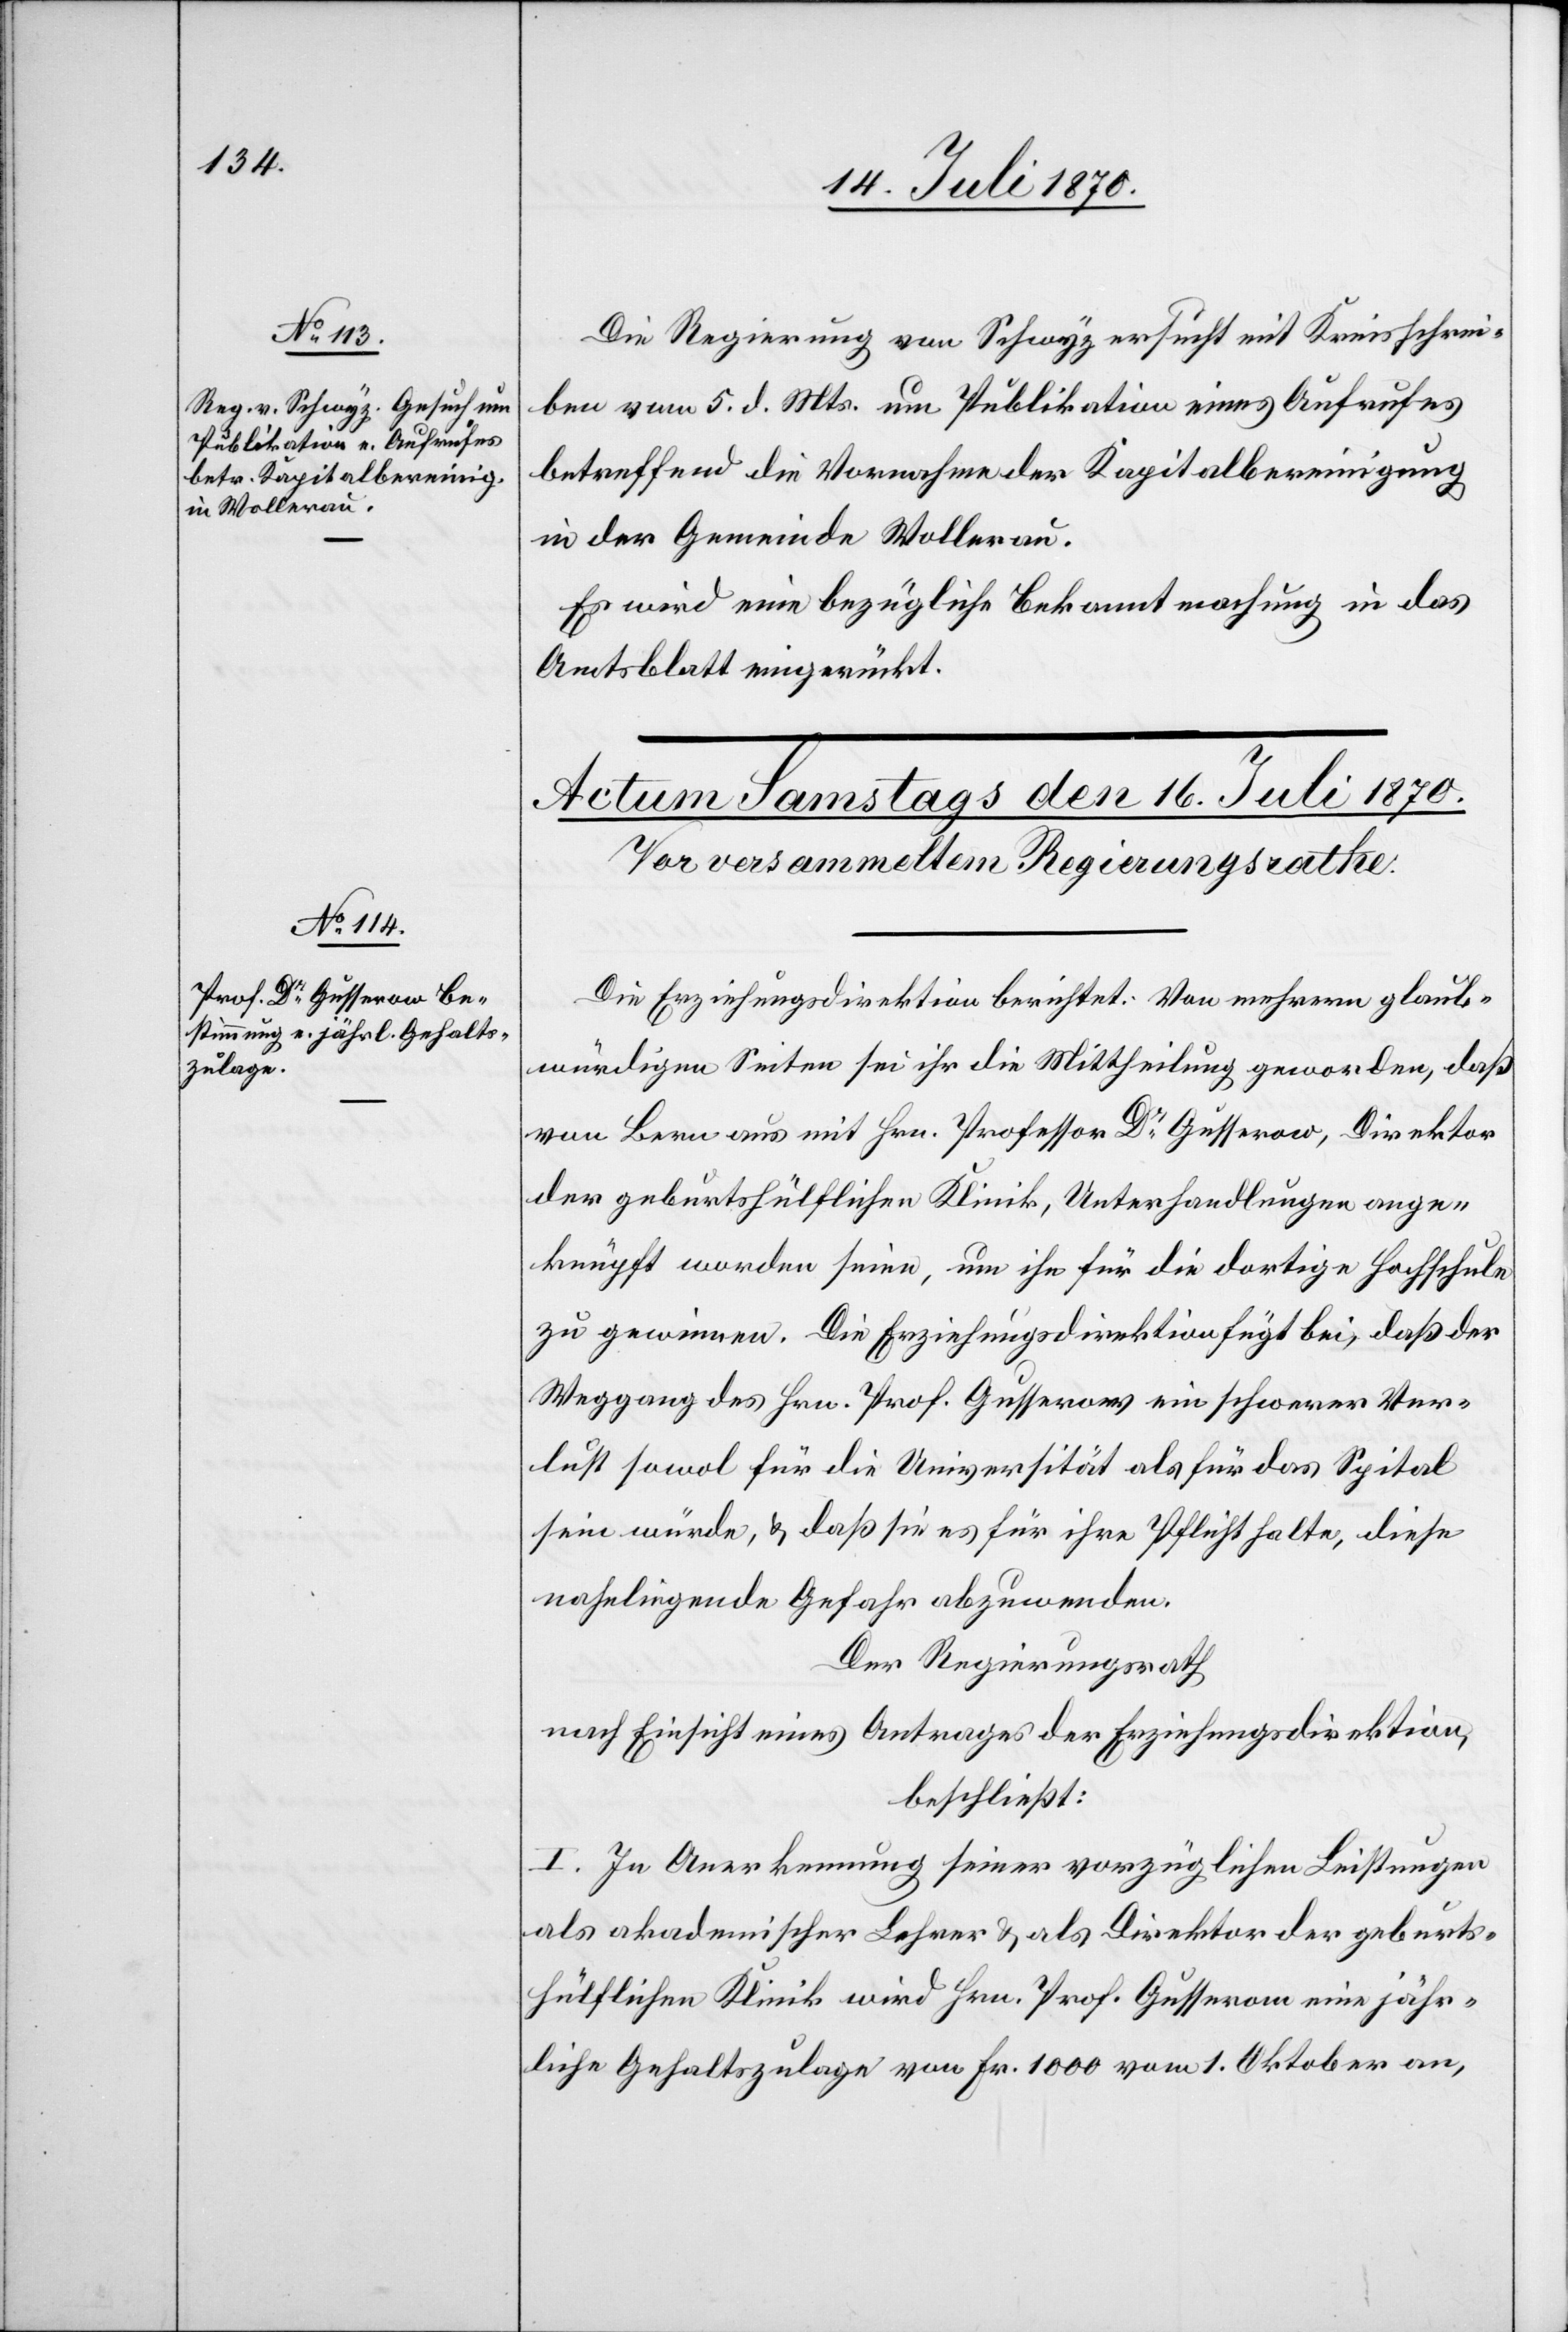
15. Juli 1870.]
Die Regierung von Schwyz ersucht mit Kreisschrei¬
ben vom 5. d. Mts. um Publikation eines Aufrufes
betreffend die Vornahme der Kapitalbereinigung
in der Gemeinde Wollerau.
Es wird eine bezügliche Bekanntmachung in das
Amtsblatt eingerückt.
Die Erziehungsdirektion berichtet: von mehrern glaub¬
würdigen Seiten sei ihr die Mittheilung geworden
von Bern aus mit Hrn. Professor Dr Gusserow, Direktor
der geburtshülflichen Klinik, Unterhandlungen ange¬
knüpft worden seinen, um ihn für die dortige Hochschule
zu gewinnen. Die Erziehungsdirektion fügt bei, daß der
Weggang des Hrn. Prof. Gusserow ein schwerer Ver¬
lust sowol für die Universität als für das Spital
sein würde, & daß sie es für ihre Pflicht halte, diese
naheliegende Gefahr abzuwenden.
Der Regierungsrath,
nach Einsicht eines Antrages der Erziehungsdirektion,
beschließt:
I. In Anerkennung seiner vorzüglichen Leistungen
als akademischer Lehrer & als Direktor der geburts¬
hülflichen Klinik wird Hrn. Prof. Gusserow eine jähr¬
liche Gehaltszulage von Fr. 1000 vom 1. Oktober an,